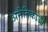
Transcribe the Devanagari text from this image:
अनैतिकाओं